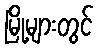
မြို့များတွင်